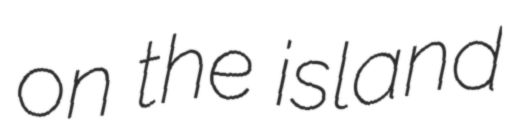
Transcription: on the island